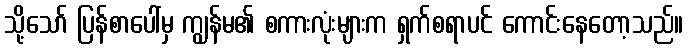
သို့သော် ပြန်စာပေါ်မှ ကျွန်မ၏ စကားလုံးများက ရှက်စရာပင် ကောင်းနေတော့သည်။